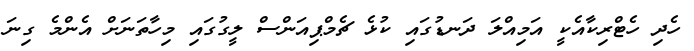
ހެދި ހެޓްރިކާއެކީ އަމިއްލަ ދަނޑުގައި ކުޅެ ޗެމްޕިއަންސް ލީގުގައި މިހާތަނަށް އެންމެ ގިނަ